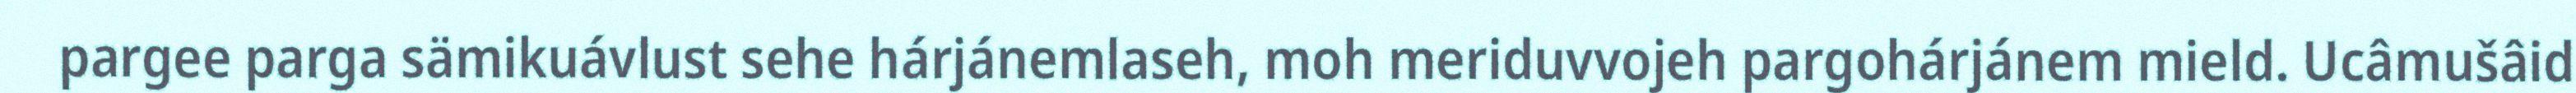
pargee parga sämikuávlust sehe hárjánemlaseh, moh meriduvvojeh pargohárjánem mield. Ucâmušâid